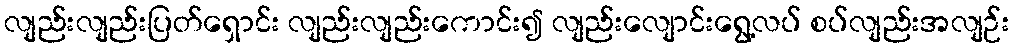
လျည်းလျည်းပြတ်ရှောင်း လျည်းလျည်းကောင်း၍ လျည်းလျောင်းရွေ့လပ် စပ်လျည်းအလျဉ်း